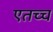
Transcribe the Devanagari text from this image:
एतच्च